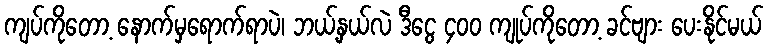
ကျပ်ကိုတော့ နောက်မှရောက်ရာပဲ၊ ဘယ့်နှယ်လဲ ဒီငွေ ၄၀၀ ကျုပ်ကိုတော့ ခင်ဗျား ပေးနိုင်မယ်